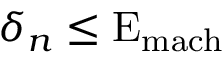
\delta _ { n } \leq \mathrm { E } _ { \mathrm { m a c h } }